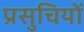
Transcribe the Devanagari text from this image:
प्रसुचियों